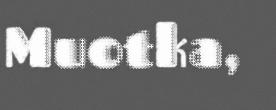
Muotka,